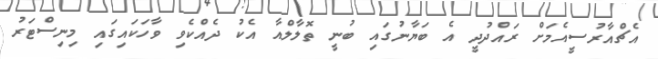
އެޗްއާރުސީއެމަށް ރައްދުދީ އެ ބަޔާނުގައި ބުނީ ތޮލާލްއާ އެކު ދެއްކެވި ވާހަކައިގައި މިނިސްޓަރު